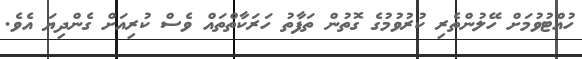
ހުއްޓުވުމަށް ހޭލުންތެރި ކުރުވުމުގެ ގޮތުން ތަފާތު ހަރަކާތްތައް ވެސް ކުރިއަށް ގެންދިޔަ އެވެ.